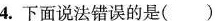
4.下面说法错误的是()